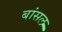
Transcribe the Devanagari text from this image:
बांसल